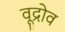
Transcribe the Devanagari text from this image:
वूद्रोव